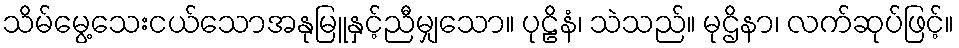
သိမ်မွေ့သေးငယ်သောအနုမြူနှင့်ညီမျှသော။ ပုဠိနံ၊ သဲသည်။ မုဌိနာ၊ လက်ဆုပ်ဖြင့်။